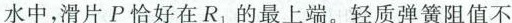
水中，滑片P恰好在R_{1}的最上端。轻质弹簧阻值不